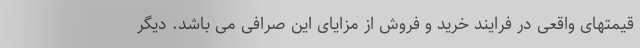
قیمتهای واقعی در فرایند خرید و فروش از مزایای این صرافی می باشد. دیگر